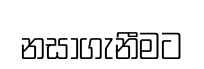
නසාගැනීමට